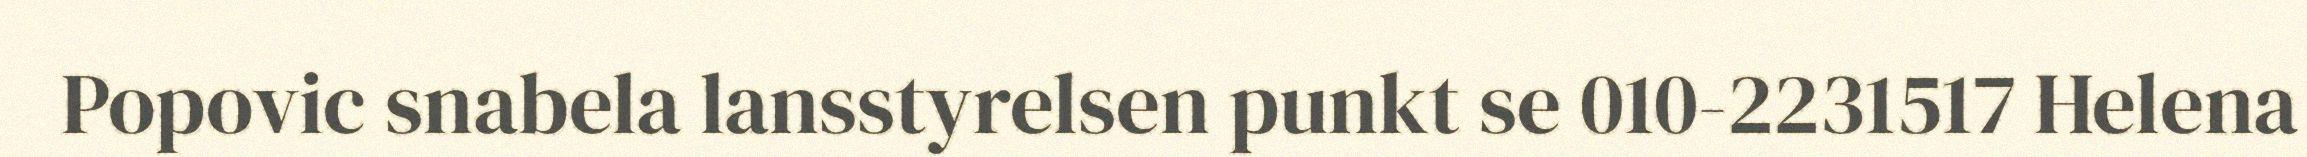
Popovic snabela lansstyrelsen punkt se 010-2231517 Helena